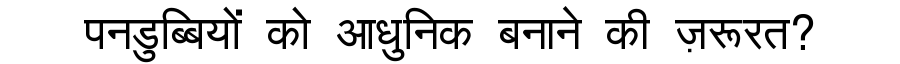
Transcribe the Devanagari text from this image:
पनडुब्बियों को आधुनिक बनाने की ज़रूरत?